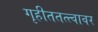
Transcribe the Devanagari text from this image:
गृहीततत्त्वावर